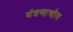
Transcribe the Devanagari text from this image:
यंत्रणाभोग